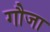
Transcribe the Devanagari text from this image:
गौजा